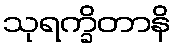
သုရက္ခိတာနိ